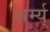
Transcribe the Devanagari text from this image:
अर्म्य्